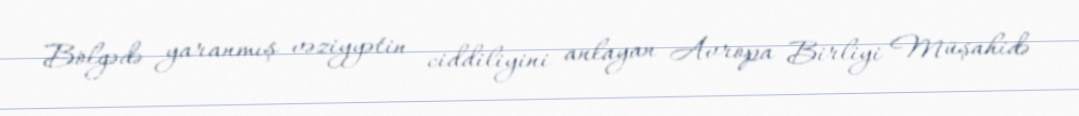
Bölgədə yaranmış vəziyyətin ciddiliyini anlayan Avropa Birliyi Müşahidə